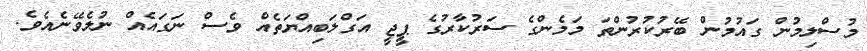
މުސްލިމުން ގައުމުން ބޭރުކުރުންތަ މަމެންގެ ސަރުކާރުގެ ޕީޖީ އަގްލަބިއްޔަތެއް ވެސް ނަގައެއް ނުލެވޭނެއެވެ.